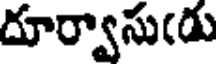
దూర్వాసు(డు